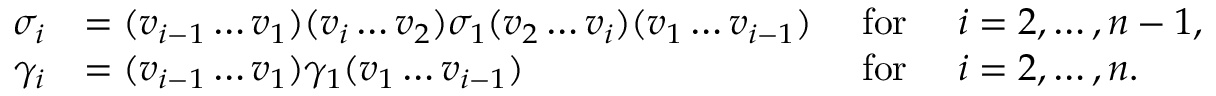
\begin{array} { r l r l } { \sigma _ { i } } & { = ( v _ { i - 1 } \ldots v _ { 1 } ) ( v _ { i } \ldots v _ { 2 } ) \sigma _ { 1 } ( v _ { 2 } \ldots v _ { i } ) ( v _ { 1 } \ldots v _ { i - 1 } ) } & { \mathrm { ~ f o r ~ } } & { i = 2 , \ldots , n - 1 , } \\ { \gamma _ { i } } & { = ( v _ { i - 1 } \ldots v _ { 1 } ) \gamma _ { 1 } ( v _ { 1 } \ldots v _ { i - 1 } ) } & { \mathrm { ~ f o r ~ } } & { i = 2 , \ldots , n . } \end{array}